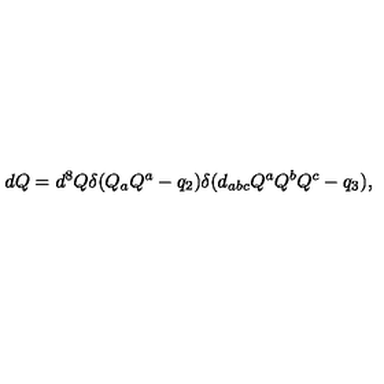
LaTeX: d Q = d ^ { 8 } Q \delta ( { Q _ { a } Q ^ { a } - q _ { 2 } } ) \delta ( { d _ { a b c } Q ^ { a } Q ^ { b } Q ^ { c } - q _ { 3 } } ) ,